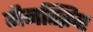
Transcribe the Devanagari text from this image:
मैनस्क्रिप्ट